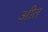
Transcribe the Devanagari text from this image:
अीत